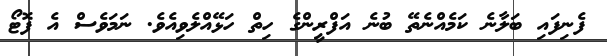
ފެނިފައި ބަލާނެ ކަމެއްނެތޭ ބުނެ އަފްރީންގެ ހިތް ހަޅޭއްލެވިއެވެ. ނަމަވެސް އެ ފޮޓޯ